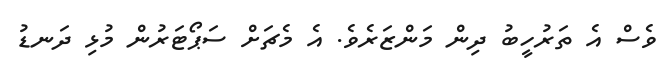
ވެސް އެ ތަރުހީބު ދިން މަންޒަރެވެ. އެ މެޗަށް ސަޕޯޓަރުން މުޅި ދަނޑު